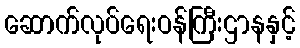
ဆောက်လုပ်ရေးဝန်ကြီးဌာနနှင့်